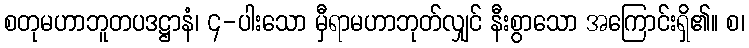
စတုမဟာဘူတပဒဋ္ဌာနံ၊ ၄-ပါးသော မှီရာမဟာဘုတ်လျှင် နီးစွာသော အကြောင်းရှိ၏။ စ၊